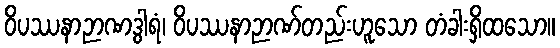
ဝိပဿနာဉာဏဒွါရံ၊ ဝိပဿနာဉာဏ်တည်းဟူသော တံခါးရှိထသော။